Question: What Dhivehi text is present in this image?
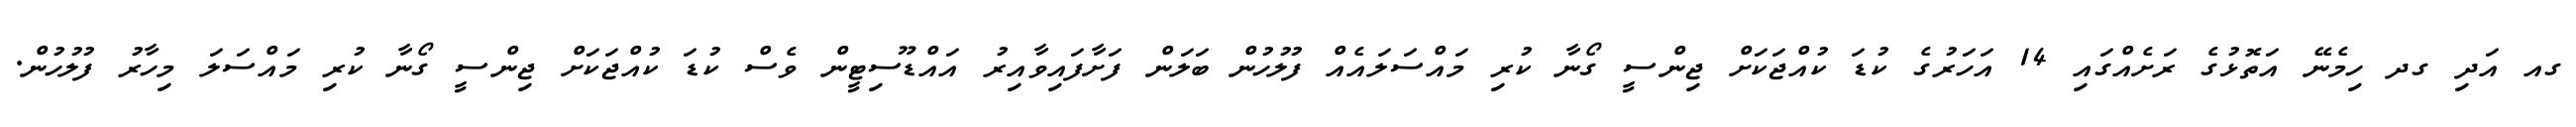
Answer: ގއ އަދި ގދ ހިމެނޭ އަތޮޅުގެ ރަށެއްގައި 14 އަހަރުގެ ކުޑަ ކުއްޖަކަށް ޖިންސީ ގޯނާ ކުރި މައްސަލައެއް ފުލުހުން ބަލަން ފަށާފައިވާއިރު އައްޑޫސިޓީން ވެސް ކުޑަ ކުއްޖަކަށް ޖިންސީ ގޯނާ ކުރި މައްސަލަ މިހާރު ފުލުހުން.